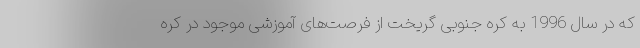
که در سال 1996 به کره جنوبی گریخت از فرصت‌های آموزشی موجود در کره